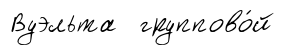
Вуэльта группово́й